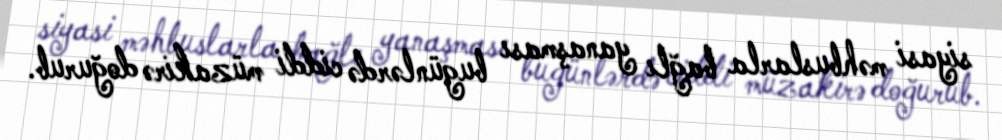
siyasi məhbuslarla bağlı yanaşması bugünlərdə ciddi müzakirə doğurub.